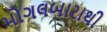
મોગલબારાથી